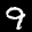
Label: 9